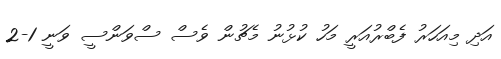
އަދި މިއަހަރު ފެބްރުއަރީ މަހު ކުޅުނު މެޗުން ވެސް ސްވަންސީ ވަނީ 1-2